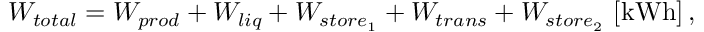
W _ { t o t a l } = W _ { p r o d } + W _ { l i q } + W _ { s t o r e _ { 1 } } + W _ { t r a n s } + W _ { s t o r e _ { 2 } } \ [ \mathrm { k W h } ] \, ,